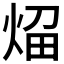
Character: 𰞬